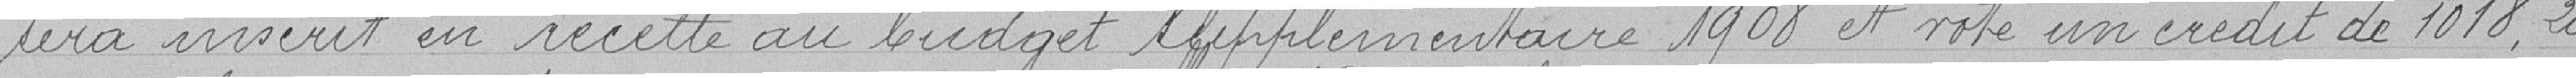
sera inscrit en recette au budget supplémentaire 1908 et vote un crédit de 1018,20